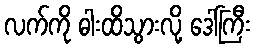
လက်ကို ဓါးထိသွားလို့ ဒေါ်ကြီး